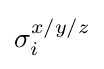
\sigma _{i}^{x/y/z}